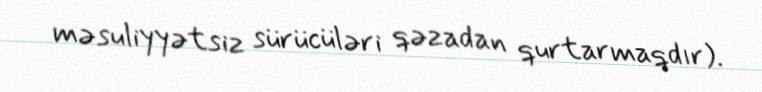
məsuliyyətsiz sürücüləri qəzadan qurtarmaqdır).